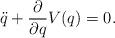
LaTeX: \begin{align*}\ddot{q}+\frac{\partial}{\partial q}V(q)=0.\end{align*}